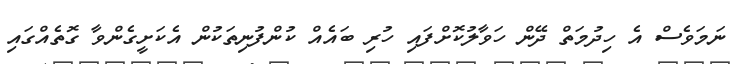
ނަމަވެސް އެ ހިދުމަތް ދޭން ހަވާލުކޮށްފައި ހުރި ބައެއް ކުންފުނިތަކުން އެކަށީގެންވާ ގޮތެއްގައި